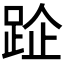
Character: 𨀣